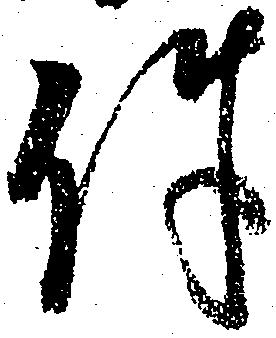
件